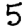
Digit: 5